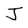
Character: J